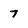
Character: 7